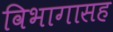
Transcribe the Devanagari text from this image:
विभागासह